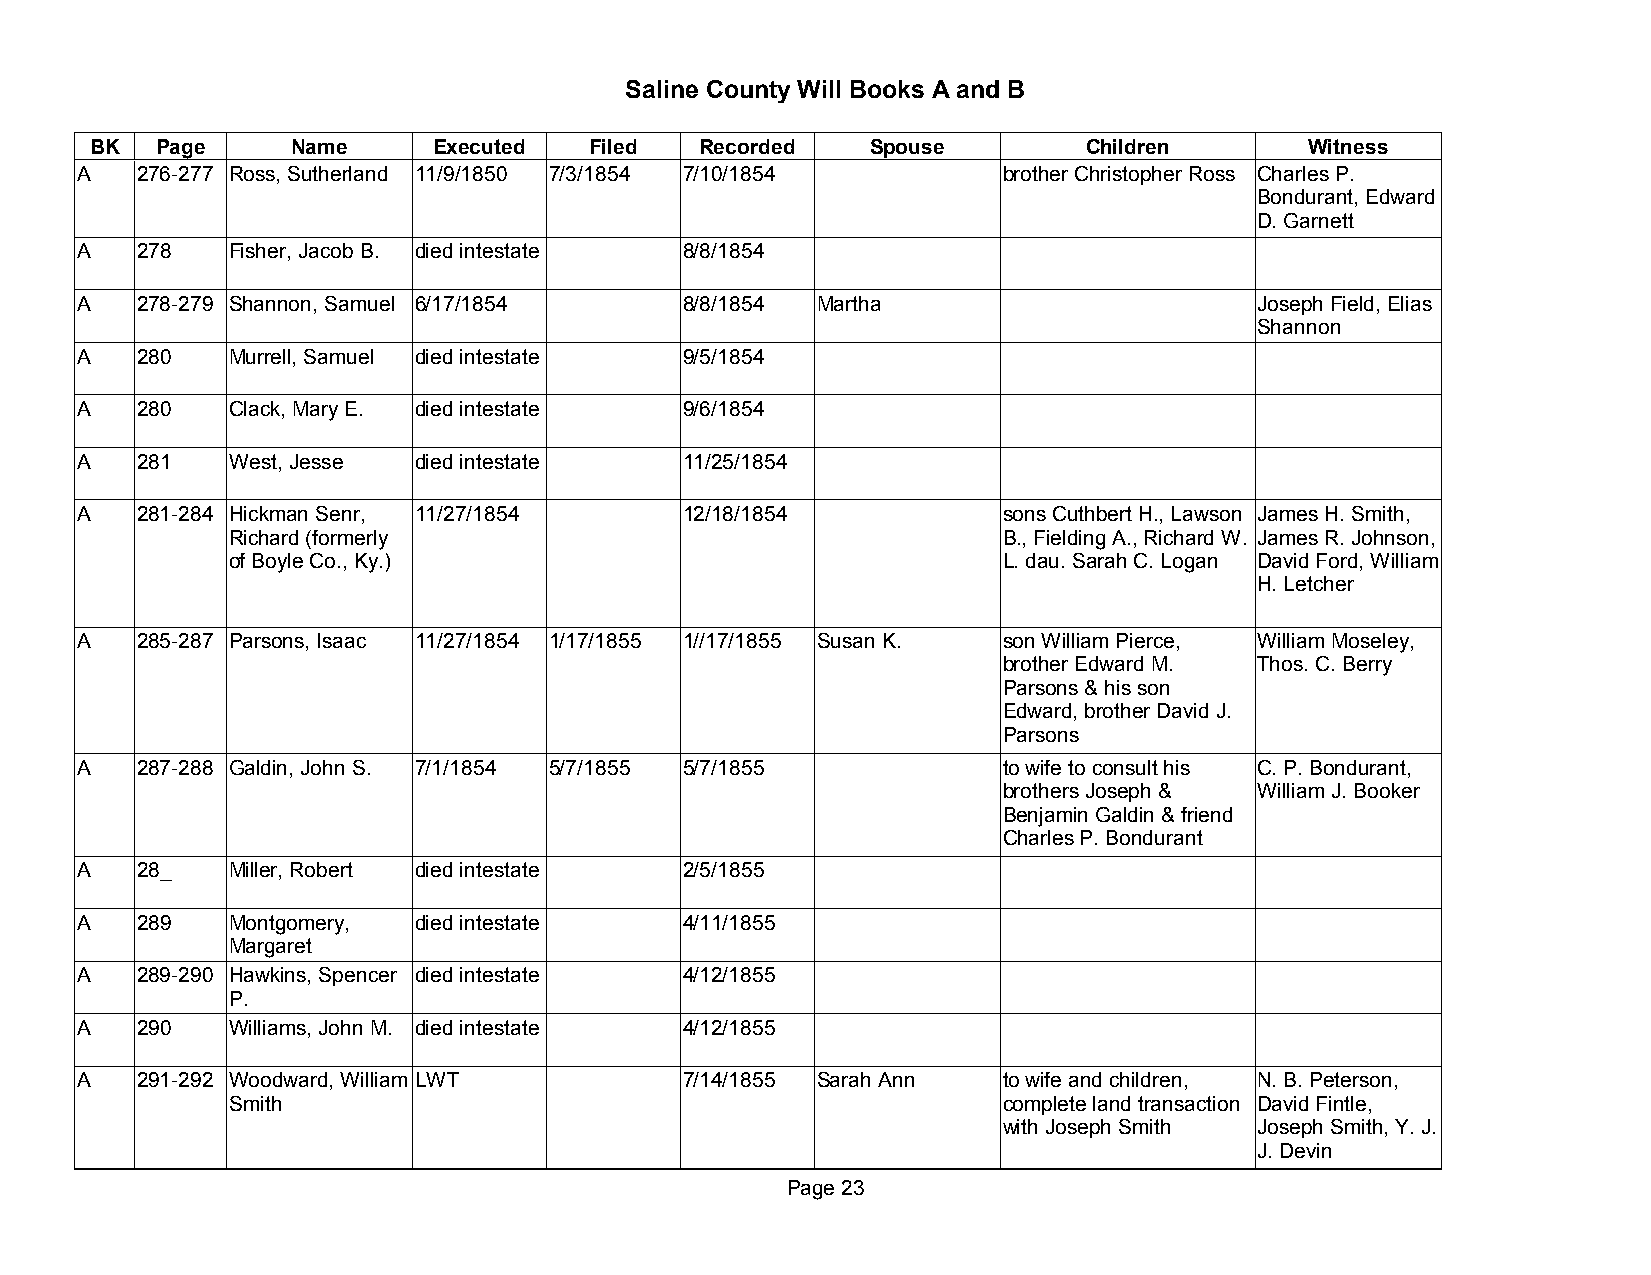
Saline County Will Books A and B
 BK  Page     Name      Executed  Filed  Recorded    Spouse        Children       Witness
 A   276-277 Ross, Sutherland 11/9/1850 7/3/1854 7/10/1854    brother Christopher Ross Charles P.
 Bondurant, Edward
 D. Garnett
 A   278   Fisher, Jacob B. died intestate 8/8/1854
 A   278-279 Shannon, Samuel 6/17/1854   8/8/1854 Martha                       Joseph Field, Elias
 Shannon
 A   280   Murrell, Samuel died intestate 9/5/1854
 A   280   Clack, Mary E. died intestate 9/6/1854
 A   281   West, Jesse died intestate    11/25/1854
 A   281-284 Hickman Senr, 11/27/1854    12/18/1854           sons Cuthbert H., Lawson James H. Smith,
 Richard (formerly                                  B., Fielding A., Richard W. James R. Johnson,
 of Boyle Co., Ky.)                                 L. dau. Sarah C. Logan David Ford, William
 H. Letcher
 A   285-287 Parsons, Isaac 11/27/1854 1/17/1855 1//17/1855 Susan K. son William Pierce, William Moseley,
 brother Edward M. Thos. C. Berry
 Parsons & his son
 Edward, brother David J.
 Parsons
 A   287-288 Galdin, John S. 7/1/1854 5/7/1855 5/7/1855       to wife to consult his C. P. Bondurant,
 brothers Joseph & William J. Booker
 Benjamin Galdin & friend
 Charles P. Bondurant
 A   28_   Miller, Robert died intestate 2/5/1855
 A   289   Montgomery, died intestate    4/11/1855
 Margaret
 A   289-290 Hawkins, Spencer died intestate 4/12/1855
 P.
 A   290   Williams, John M. died intestate 4/12/1855
 A   291-292 Woodward, William LWT       7/14/1855 Sarah Ann  to wife and children, N. B. Peterson,
 Smith                                              complete land transaction David Fintle,
 with Joseph Smith Joseph Smith, Y. J.
 J. Devin
 Page 23